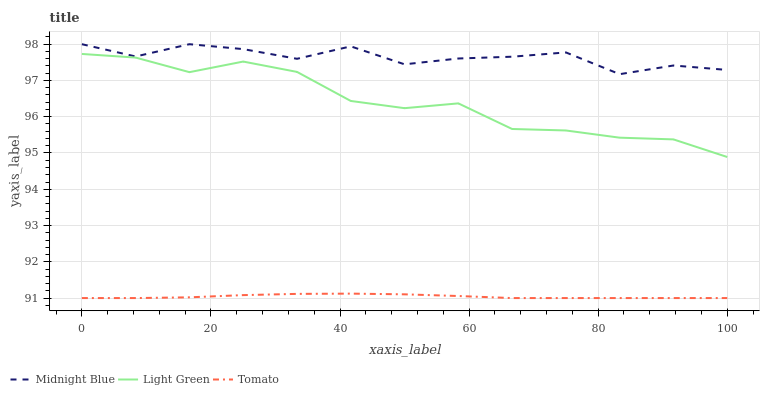
| xaxis_label | Midnight Blue | Light Green | Tomato |
 | --- | --- | --- | --- |
 | 0 | 98 | 97.7 | 91 |
 | 8.33 | 97.7 | 97.6 | 91 |
 | 16.7 | 98 | 97.2 | 91 |
 | 25 | 97.9 | 97.5 | 91.1 |
 | 33.3 | 97.6 | 97.2 | 91.1 |
 | 41.7 | 97.9 | 96.4 | 91.1 |
 | 50 | 97.4 | 96.2 | 91.1 |
 | 58.3 | 97.6 | 96.4 | 91.1 |
 | 66.7 | 97.7 | 95.7 | 91 |
 | 75 | 97.8 | 95.6 | 91 |
 | 83.3 | 97.2 | 95.4 | 91 |
 | 91.7 | 97.4 | 95.4 | 91 |
 | 100 | 97.3 | 94.9 | 91 |